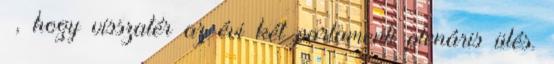
–, hogy visszatér az évi két parlamenti plenáris ülés.